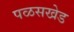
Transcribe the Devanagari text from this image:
पळसखेड